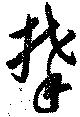
攀